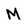
Character: M